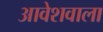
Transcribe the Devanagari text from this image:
आवेशवाला